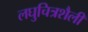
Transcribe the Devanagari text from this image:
लघुचित्रशैली